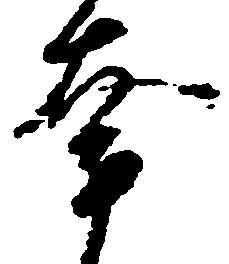
奔